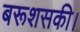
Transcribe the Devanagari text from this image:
बरूशसकी।